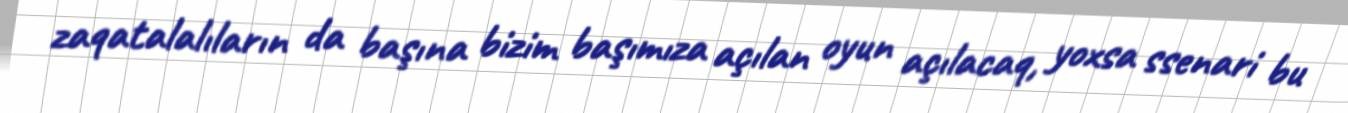
zaqatalalıların da başına bizim başımıza açılan oyun açılacaq, yoxsa ssenari bu